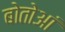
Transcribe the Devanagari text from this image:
बोतोआं